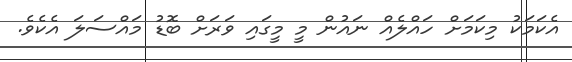
އެކަމަކު މިކަމަށް ހައްލެއް ނައުން މީ މީގައި ވަރަށް ބޮޑު މައްސަލަ އެކެވެ.